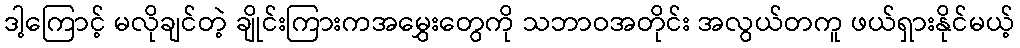
ဒါ့ကြောင့် မလိုချင်တဲ့ ချိုင်းကြားကအမွှေးတွေကို သဘာဝအတိုင်း အလွယ်တကူ ဖယ်ရှားနိုင်မယ့်